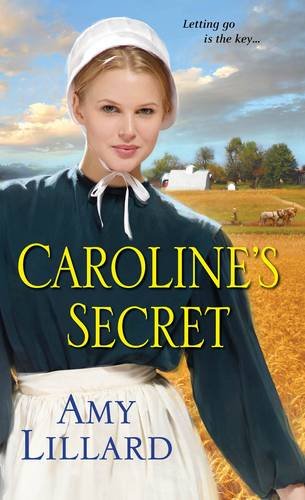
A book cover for Caroline's Secret (A Wells Landing Romance); Amy Lillard; Romance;